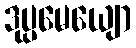
ဒုပ္ပမေယျော